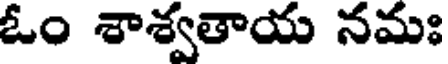
ఓం శాశ్వతాయ నమః